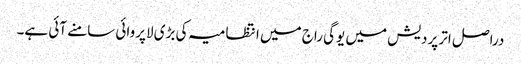
دراصل اتر پردیش میں یوگی راج میں انتظامیہ کی بڑی لاپروائی سامنے آئی ہے۔